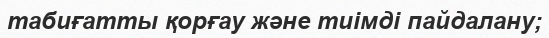
табиғатты қорғау және тиімді пайдалану;